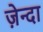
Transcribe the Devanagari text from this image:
ज़ेन्दा